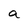
Character: a